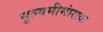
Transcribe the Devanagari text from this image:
मूल्यमीमांसक